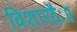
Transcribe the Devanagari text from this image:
विशारदैः॥